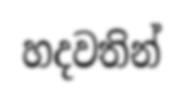
හදවතින්